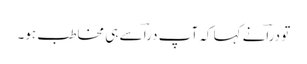
تو دراؔنے کہا کہ آپ دراؔ سے ہی مخاطب ہو۔